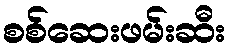
စစ်ဆေးဖမ်းဆီး